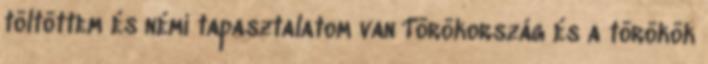
töltöttem és némi tapasztalatom van Törökország és a törökök